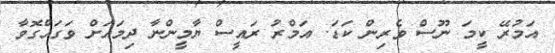
އަމުރޭ ކީމަ ނޫސް ވެރިން ކަޑަ. އަމްރު ރައީސް ޔާމީންނާ ދިމައަށް ވަގައްގޮވާ